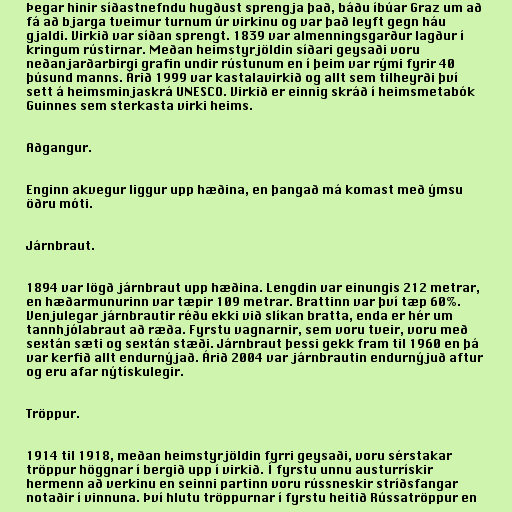
Þegar hinir síðastnefndu hugðust sprengja það, báðu íbúar Graz um að
fá að bjarga tveimur turnum úr virkinu og var það leyft gegn háu
gjaldi. Virkið var síðan sprengt. 1839 var almenningsgarður lagður í
kringum rústirnar. Meðan heimstyrjöldin síðari geysaði voru
neðanjarðarbirgi grafin undir rústunum en í þeim var rými fyrir 40
þúsund manns. Árið 1999 var kastalavirkið og allt sem tilheyrði því
sett á heimsminjaskrá UNESCO. Virkið er einnig skráð í heimsmetabók
Guinnes sem sterkasta virki heims.

Aðgangur.

Enginn akvegur liggur upp hæðina, en þangað má komast með ýmsu
öðru móti.

Járnbraut.

1894 var lögð járnbraut upp hæðina. Lengdin var einungis 212 metrar,
en hæðarmunurinn var tæpir 109 metrar. Brattinn var því tæp 60%.
Venjulegar járnbrautir réðu ekki við slíkan bratta, enda er hér um
tannhjólabraut að ræða. Fyrstu vagnarnir, sem voru tveir, voru með
sextán sæti og sextán stæði. Járnbraut þessi gekk fram til 1960 en þá
var kerfið allt endurnýjað. Árið 2004 var járnbrautin endurnýjuð aftur
og eru afar nýtískulegir.

Tröppur.

1914 til 1918, meðan heimstyrjöldin fyrri geysaði, voru sérstakar
tröppur höggnar í bergið upp í virkið. Í fyrstu unnu austurrískir
hermenn að verkinu en seinni partinn voru rússneskir stríðsfangar
notaðir í vinnuna. Því hlutu tröppurnar í fyrstu heitið Rússatröppur en